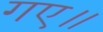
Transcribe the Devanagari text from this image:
गए॥